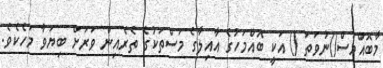
މާބޮއްމަސް()ނުވަތަ () އަކީ ބޮއްމަހުގެ އާއިލާގެ މަސްތަކުގެ ތެރެއިން ވަރަށް ބިޔަވާ މަހެކެވެ.